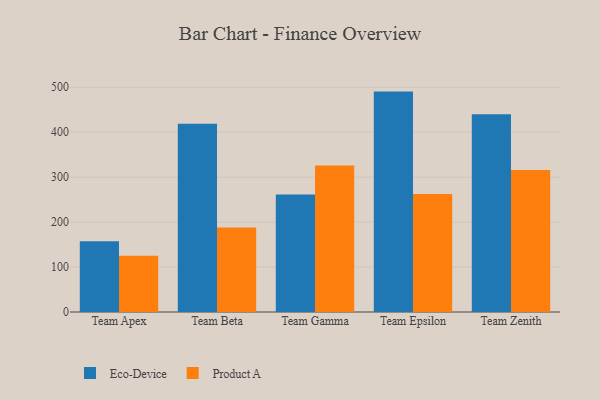
{"axis": {"x": "Team", "y": "Net Income (USD K)"}, "legend": ["Eco-Device", "Product A"], "data": [{"x": "Team Apex", "y": 157.4, "type": "Eco-Device"}, {"x": "Team Apex", "y": 125.1, "type": "Product A"}, {"x": "Team Beta", "y": 418.6, "type": "Eco-Device"}, {"x": "Team Beta", "y": 188.1, "type": "Product A"}, {"x": "Team Gamma", "y": 261.5, "type": "Eco-Device"}, {"x": "Team Gamma", "y": 326.1, "type": "Product A"}, {"x": "Team Epsilon", "y": 490.3, "type": "Eco-Device"}, {"x": "Team Epsilon", "y": 262.4, "type": "Product A"}, {"x": "Team Zenith", "y": 440.0, "type": "Eco-Device"}, {"x": "Team Zenith", "y": 315.9, "type": "Product A"}]}